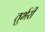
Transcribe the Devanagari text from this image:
तुर्भरी